system: You are a helpful assistant.
user:
Analyze the provided spectrum to determine if it is a **M-type Giant (gM)**.

A M-type Giant spectrum is defined by its **strong molecular absorption** features, particularly from **Titanium Oxide (TiO)**. You must check for one of the following mutually exclusive signatures:

- **Key Visual Indicators (Absorption-Dominated Spectrum):**

    - **(Primary):** The spectrum is dominated by strong molecular absorption from **Titanium Oxide (TiO)**. This is the **defining feature** of its M-type temperature class.
        - **(Key Bandheads):** Look for sharp, "saw-tooth" absorption valleys. The strongest are located near **~7050 Å**, **~6160 Å**, and **~5170 Å**.
        - **(Line Profile):** The "saw-tooth" morphology is critical: a **sharp, steep drop on the BLUE (short-wavelength) side** of the bandhead, followed by a gradual recovery (rising flux) towards the RED (long-wavelength) side.

    - **(Key Confirmation - Giant vs. Dwarf):** **ABSENCE** of strong **Calcium Hydride (CaH)** molecular bands. This is the primary diagnostic for *excluding* M-dwarfs.
        - **(Key Region):** The spectrum should lack the strong, broad absorption band seen in dwarfs between **~6800 Å and ~7000 Å**.

    - **(Secondary Confirmation - Giant):** A very strong and broad **Neutral Calcium (Ca I)** atomic absorption line.
        - **(Key Line):** Located at **~4226 Å**. In a giant (gM), this line is significantly deeper and broader than the same line in an M-dwarf (dM) due to low surface gravity.

    - **(Overall Spectrum):**
        - The continuum is **extremely red-sloping** (i.e., flux is very low in the blue and rises dramatically towards the red).
        - The entire spectrum appears "chopped up" by the deep TiO bands.

Think first, call **spectral_visualization_tool** if needed to examine features in detail, then provide your final answer. Your response must adhere to the following strict rules:
1.  **Overall Structure:** Your response must follow the format `<think>...</think> <tool_call>...</tool_call> (if a tool is used) <answer>...</answer>`.
2.  **Tool Usage Constraint:** You may only make **one** tool call per turn.
3.  **Final Answer Format:** In the `<answer>` tag, your conclusion must be inside a `\boxed{}` command (e.g., `\boxed{YES}` or `\boxed{NO}`), followed by your justification.

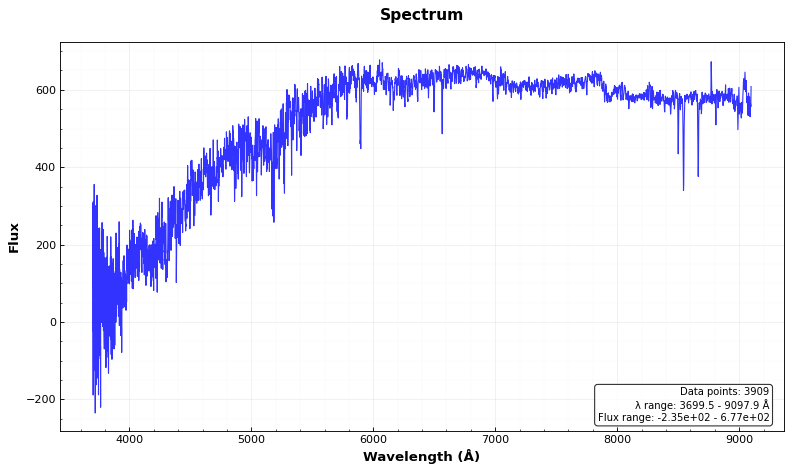
Answer: NO